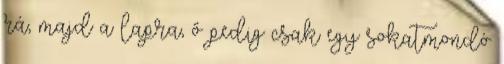
rá, majd a lapra, ő pedig csak egy sokatmondó